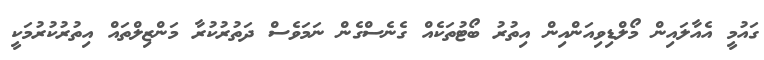
ގައުމީ އެއާލައިން މޯލްޑިވިއަންއިން އިތުރު ބޯޓުތަކެއް ގެނެސްގެން ނަަމަވެސް ދަތުރުކުރާ މަންޒިލްތައް އިތުރުކުރުމަކީ